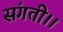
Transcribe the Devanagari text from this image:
संगती।।